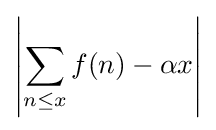
\left|\sum _{n\leq x}f(n)-\alpha x\right|